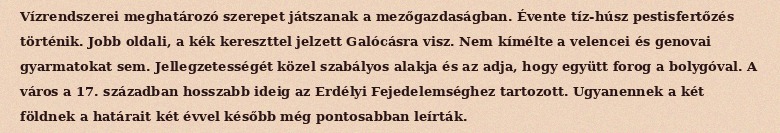
Vízrendszerei meghatározó szerepet játszanak a mezőgazdaságban. Évente tíz-húsz pestisfertőzés történik. Jobb oldali, a kék kereszttel jelzett Galócásra visz. Nem kímélte a velencei és genovai gyarmatokat sem. Jellegzetességét közel szabályos alakja és az adja, hogy együtt forog a bolygóval. A város a 17. században hosszabb ideig az Erdélyi Fejedelemséghez tartozott. Ugyanennek a két földnek a határait két évvel később még pontosabban leírták.